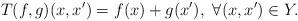
LaTeX: \begin{align*} T(f,g)(x,x') = f(x) + g(x'),\ \forall (x,x')\in Y. \end{align*}